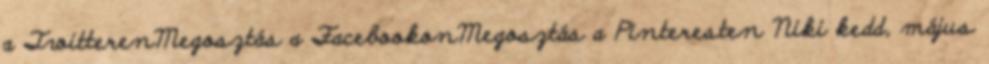
a TwitterenMegosztás a FacebookonMegosztás a Pinteresten Niki kedd, május